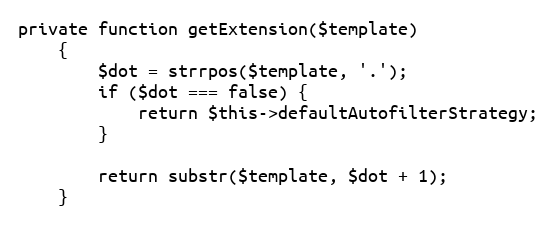
Language: PHP
private function getExtension($template)
    {
        $dot = strrpos($template, '.');
        if ($dot === false) {
            return $this->defaultAutofilterStrategy;
        }

        return substr($template, $dot + 1);
    }